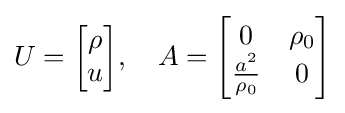
U={\begin{bmatrix}\rho \\u\end{bmatrix}},\quad A={\begin{bmatrix}0&\rho _{0}\\{\frac {a^{2}}{\rho _{0}}}&0\end{bmatrix}}